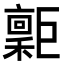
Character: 𢀮